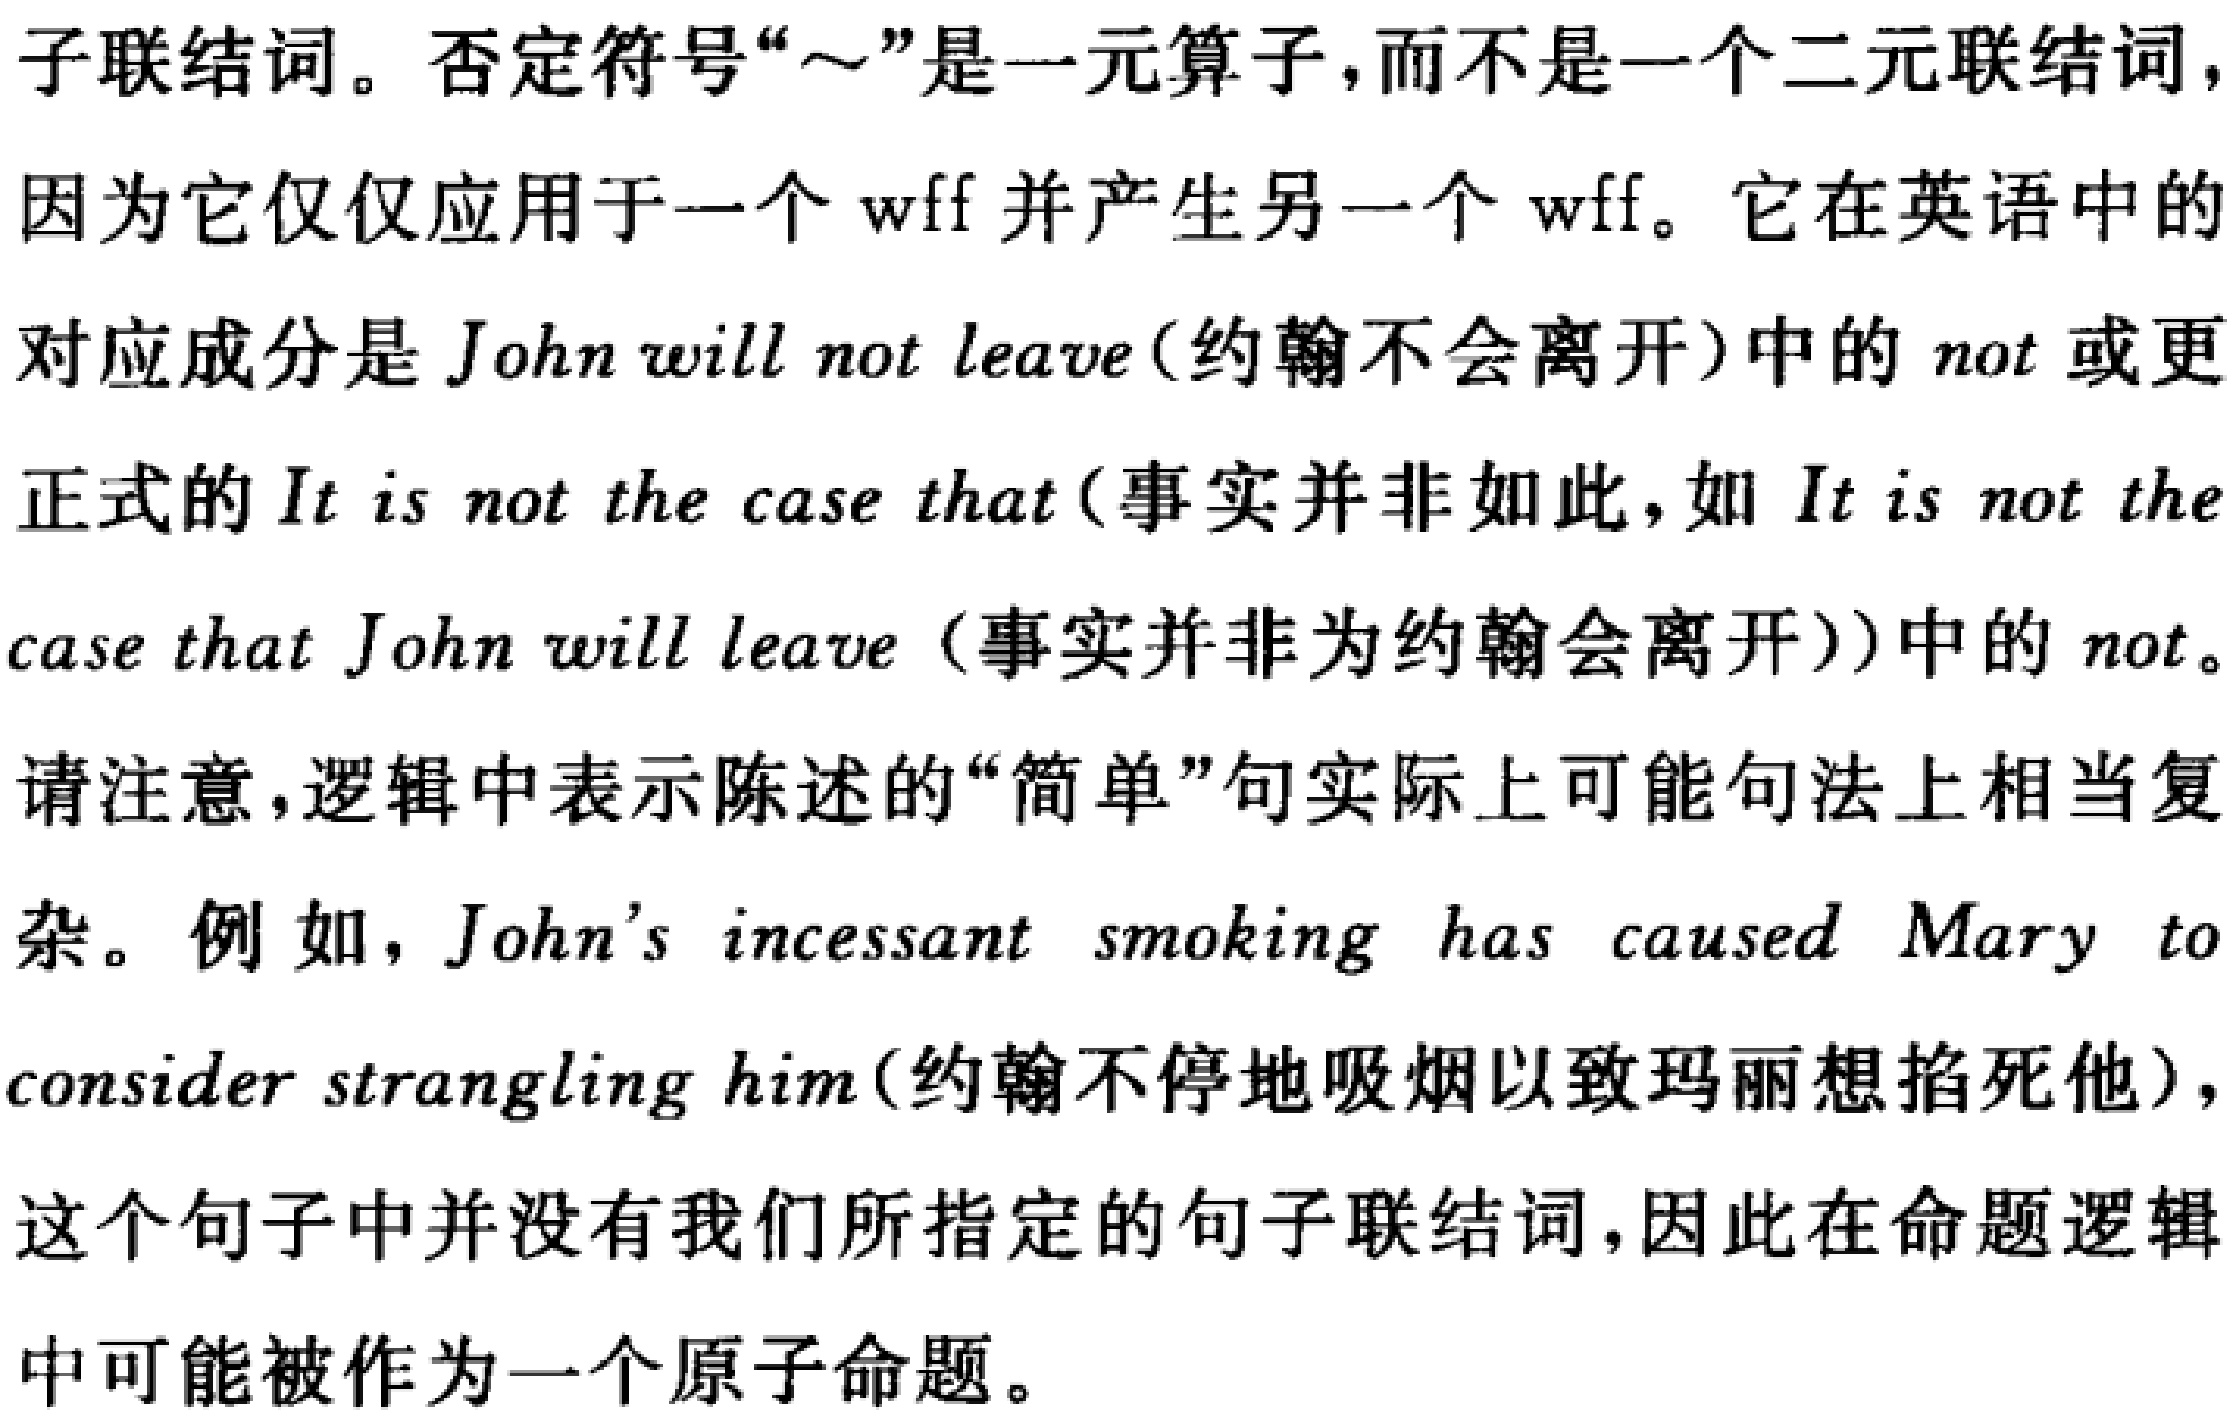
子联结词。否定符号“\(\sim\)”是一元算子，而不是一个二元联结词，因为它仅仅应用于一个wff并产生另一个wff。它在英语中的对应成分是John will not leave(约翰不会离开)中的not或更正式的It is not the case that(事实并非如此，如It is not the case that John will leave (事实并非为约翰会离开))中的not。
请注意，逻辑中表示陈述的“简单”句实际上可能句法上相当复杂。例如，John’s incessant smoking has caused Mary to consider strangling him(约翰不停地吸烟以致玛丽想掐死他)，这个句子中并没有我们所指定的句子联结词，因此在命题逻辑中可能被作为一个原子命题。